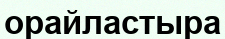
орайластыра